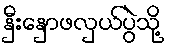
နှီးနှောဖလှယ်ပွဲသို့